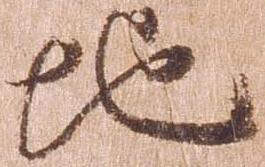
地